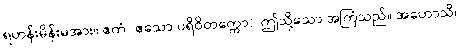
ရဟန်းမိန်းမအား။ ဧတံ (ဧသော ပရိဝိတက္ကော)၊ ဤသို့သော အကြံသည်။ အဟောသိ၊